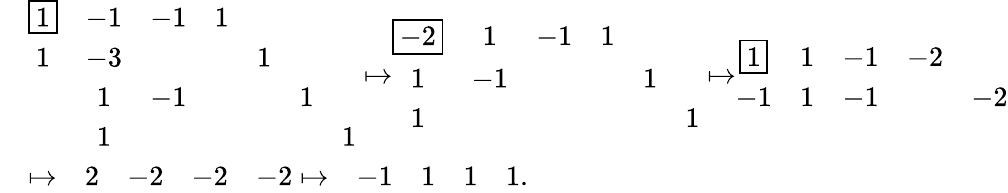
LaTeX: \begin{array}{rl}&{\begin{array}{ccccccc}{\boxed{1}}&{-1}&{-1}&{1}&&&\\ {1}&{-3}&&&{1}&&\\ &{1}&{-1}&&&{1}&\\ &{1}&&&&&{1}\end{array}\mapsto\begin{array}{cccccc}{\boxed{-2}}&{1}&{-1}&{1}&&\\ {1}&{-1}&&&{1}&\\ {1}&&&&&{1}\end{array}\mapsto\begin{array}{ccccc}{\boxed{1}}&{1}&{-1}&{-2}&\\ {-1}&{1}&{-1}&&{-2}\end{array}}\\ &{\mapsto\begin{array}{ccccc}&{2}&{-2}&{-2}&{-2}\end{array}\mapsto\begin{array}{ccccc}&{-1}&{1}&{1}&{1}\end{array}.}\end{array}